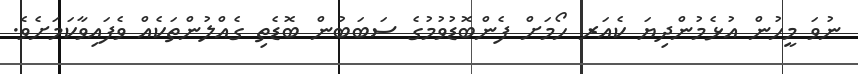
ނުވަ މީހުން އުޅެމުންދިޔަ ކެއަރ ހޯމަށް ފެންބޮޑުވުމުގެ ސަބަބުން ބޮޑެތި ގެއްލުންތަކެއް ވެފައިވާކަމަށެވެ.